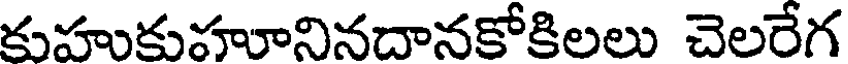
కుహుకుహూనినదానకోకిలలు చెలరేగ